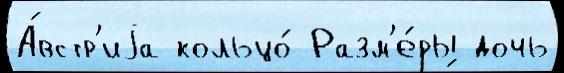
А́встр'иjа кольцо́ Разм'е́ры дочь